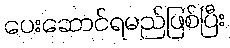
ပေးဆောင်ရမည်ဖြစ်ပြီး